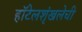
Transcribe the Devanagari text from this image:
हॉटेलशृंखलेची